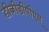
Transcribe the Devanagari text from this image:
डीजीडीपीएस्